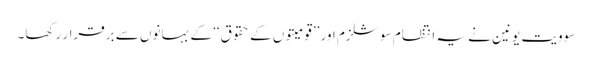
سوویت یونین نے یہ انتظام سوشلزم اور ’’قومیتوں کے حقوق‘‘ کے بہانوں سے برقرار رکھا۔